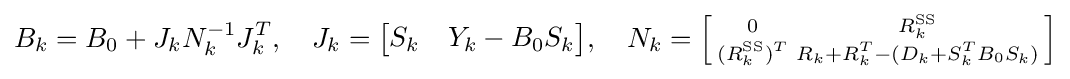
B_{k}=B_{0}+J_{k}N_{k}^{-1}J_{k}^{T},\quad J_{k}={\begin{bmatrix}S_{k}&Y_{k}-B_{0}S_{k}\end{bmatrix}},\quad N_{k}=\left[{\begin{smallmatrix}0&R_{k}^{\text{SS}}\\(R_{k}^{\text{SS}})^{T}&R_{k}+R_{k}^{T}-(D_{k}+S_{k}^{T}B_{0}S_{k})\end{smallmatrix}}\right]